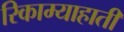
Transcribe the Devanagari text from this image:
रिकाम्याहाती